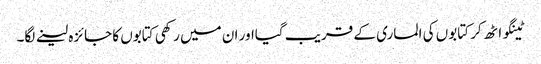
ٹینگو اٹھ کر کتابوں کی الماری کے قریب گیااور ان میں رکھی کتابوں کا جائزہ لینے لگا۔